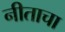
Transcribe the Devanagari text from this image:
नीताचा